Lunatic asylums in Bengal annual reports 1899-1911 - 1899-1911
Year: 1899
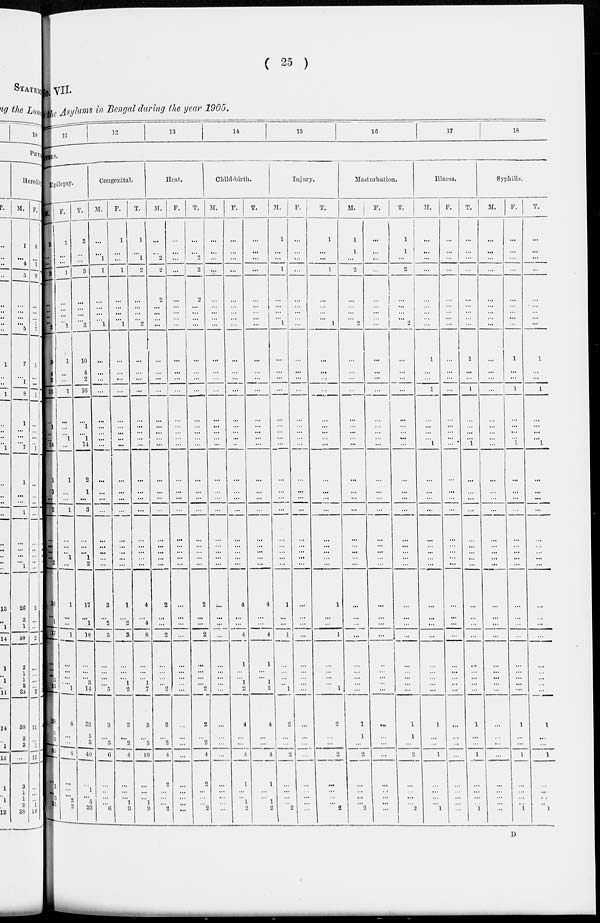
( 25 )
No. VII.
the Asylums in Bengal during the year 1905.
11
12
13
14
15
16
17
18
USES.
Epilepsy.
M.
2
...
...
2
...
...
...
...
2
9
4
2
15
...
1
...
...
14
1
1
...
2
...
...
...
... 2
16
...
1
17
...
...
...
3
13
28
5
3
36
...
1
3
31
F.
1
...
...
1
...
...
...
... 1
1
...
...
1
...
...
...
1
...
1
...
...
1
...
...
...
1
...
1
...
...
1
...
...
...
...
1
4
...
...
4
...
...
2
2
T.
3
...
...
3
...
...
...
... 3
10
4
2
16
...
1
...
1
14
2
1
...
3
...
...
... 1
2
17
...
1
18
...
...
...
3
14
32
5
3
40
...
1
5
33
Congenital.
M.
...
...
1
1
...
...
...
... 1
...
...
...
...
...
...
...
...
...
...
...
...
...
...
...
...
...
...
3
...
2
5
...
...
...
... 5
3
...
3
6
...
...
...
6
F.
1
...
...
1
...
...
...
... 1
...
...
...
...
...
...
...
...
...
...
...
...
...
...
...
...
...
...
1
...
2
3
...
...
...
1
2
2
...
2
4
...
...
1
3
T.
1
...
1
2
...
...
...
... 2
...
...
...
...
...
...
...
...
...
...
...
...
...
...
...
...
...
...
4
...
4
8
...
...
...
1
7
5
...
5
10
...
...
1
9
Heat.
M.
...
...
2
2
2
...
...
...
...
...
...
...
...
...
...
...
...
...
...
...
...
...
...
...
...
...
...
2
...
...
2
...
...
...
... 2
2
...
2
4
2
...
...
2
F.
...
...
...
...
...
...
...
...
...
...
...
...
...
...
...
...
...
...
...
...
...
...
...
...
...
...
...
...
...
...
...
...
...
...
...
...
...
...
...
...
...
...
...
...
T.
...
...
2
2
2
...
...
...
...
...
...
...
...
...
...
...
...
...
...
...
...
...
...
...
...
...
...
2
...
...
2
...
...
...
... 2
2
...
2
4
2
...
...
2
Child-birth.
M.
...
...
...
...
...
...
...
...
...
...
...
...
...
...
...
...
...
...
...
...
...
...
...
...
...
...
...
...
...
...
...
...
...
...
...
...
...
...
...
...
...
...
...
...
F.
...
...
...
...
...
...
...
...
...
...
...
...
...
...
...
...
...
...
...
...
...
...
...
...
...
...
...
4
...
...
4
1
...
...
1
2
4
...
...
4
1
...
1
2
T.
...
...
...
...
...
...
...
...
...
...
...
...
...
...
...
...
...
...
...
...
...
...
...
...
...
...
...
4
...
...
4
1
...
...
1
2
4
...
...
4
1
...
1
2
Injury.
M.
1
...
...
1
...
...
...
... 1
...
...
...
...
...
...
...
...
...
...
...
...
...
...
...
...
...
...
1
...
...
1
...
...
...
... 1
2
...
...
2
...
...
...
2
F.
...
...
...
...
...
...
...
...
...
...
...
...
...
...
...
...
...
...
...
...
...
...
...
...
...
...
...
...
...
...
...
...
...
...
...
...
...
...
...
...
...
...
...
...
T.
1
...
...
1
...
...
...
... 1
...
...
...
...
...
...
...
...
...
...
...
...
...
...
...
...
...
...
1
...
...
1
...
...
...
...
1
2
...
...
2
...
...
...
2
Masturbation.
M.
1
1
...
2
...
...
...
... 2
...
...
...
...
...
...
...
...
...
...
...
...
...
...
...
...
...
...
...
...
...
...
...
...
...
...
...
1
1
...
2
...
...
...
2
F.
...
...
...
...
...
...
...
...
...
...
...
...
...
...
...
...
...
...
...
...
...
...
...
...
...
...
...
...
...
...
...
...
...
...
...
...
...
...
...
...
...
...
...
...
T.
1
1
...
2
...
...
...
... 2
...
...
...
...
...
...
...
...
...
...
...
...
...
...
...
...
...
...
...
...
...
...
...
...
...
...
...
1
1
...
2
...
...
...
2
Illness.
M.
...
...
...
...
...
...
...
...
...
1
...
...
1
...
...
...
...
1
...
...
...
...
...
...
...
...
...
...
...
...
...
...
...
...
...
...
1
...
...
1
...
...
...
1
F.
...
...
...
...
...
...
...
...
...
...
...
...
...
...
...
...
...
...
...
...
...
...
...
...
...
...
...
...
...
...
...
...
...
...
...
...
...
...
...
...
...
...
...
...
T.
...
...
...
...
...
...
...
...
...
1
...
...
1
...
...
...
...
1
...
...
...
...
...
...
...
...
...
...
...
...
...
...
...
...
...
...
1
...
...
1
...
...
...
1
Syphilis.
M.
...
...
...
...
...
...
...
...
...
...
...
...
...
...
...
...
...
...
...
...
...
...
...
...
...
...
...
...
...
...
...
...
...
...
...
...
...
...
...
...
...
...
...
...
F.
...
...
...
...
...
...
...
...
...
1
...
...
1
...
...
...
...
1
...
...
...
...
...
...
...
...
...
...
...
...
...
...
...
...
... ...
1
...
...
1
...
...
...
1
T.
...
...
...
...
...
...
...
...
...
1
...
...
1
...
...
...
...
1
...
...
...
...
...
...
...
...
...
...
...
...
...
...
...
...
...
...
1
...
...
1
...
...
...
1
D